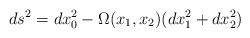
LaTeX: \begin{align*}ds^{2}=dx_{0}^{2}-\Omega (x_{1},x_{2})(dx_{1}^{2}+dx_{2}^{2})\end{align*}